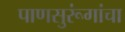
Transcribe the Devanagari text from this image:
पाणसुरूंगांचा